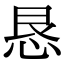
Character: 恳